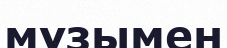
мұзымен